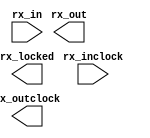
// megafunction wizard: %ALTLVDS_RX%VBB%
// GENERATION: STANDARD
// VERSION: WM1.0
// MODULE: ALTLVDS_RX 

// ============================================================
// Megafunction Name(s):
// 			ALTLVDS_RX
//
// Simulation Library Files(s):
// 			altera_mf
// ============================================================
// ************************************************************
// THIS IS A WIZARD-GENERATED FILE. DO NOT EDIT THIS FILE!
//
// 14.0.0 Build 200 06/17/2014 SJ Web Edition
// ************************************************************

//Copyright (C) 1991-2014 Altera Corporation. All rights reserved.
//Your use of Altera Corporation's design tools, logic functions 
//and other software and tools, and its AMPP partner logic 
//functions, and any output files from any of the foregoing 
//(including device programming or simulation files), and any 
//associated documentation or information are expressly subject 
//to the terms and conditions of the Altera Program License 
//Subscription Agreement, the Altera Quartus II License Agreement,
//the Altera MegaCore Function License Agreement, or other 
//applicable license agreement, including, without limitation, 
//that your use is for the sole purpose of programming logic 
//devices manufactured by Altera and sold by Altera or its 
//authorized distributors.  Please refer to the applicable 
//agreement for further details.

module elink_lvds (
	rx_in,
	rx_inclock,
	rx_locked,
	rx_out,
	rx_outclock);

	input	[8:0]  rx_in;
	input	  rx_inclock;
	output	  rx_locked;
	output	[71:0]  rx_out;
	output	  rx_outclock;

endmodule

// ============================================================
// CNX file retrieval info
// ============================================================
// Retrieval info: LIBRARY: altera_mf altera_mf.altera_mf_components.all
// Retrieval info: PRIVATE: Bitslip NUMERIC "8"
// Retrieval info: PRIVATE: Clock_Choices STRING "tx_coreclock"
// Retrieval info: PRIVATE: Clock_Mode NUMERIC "0"
// Retrieval info: PRIVATE: Data_rate STRING "600.0"
// Retrieval info: PRIVATE: Deser_Factor NUMERIC "8"
// Retrieval info: PRIVATE: Dpll_Lock_Count NUMERIC "0"
// Retrieval info: PRIVATE: Dpll_Lock_Window NUMERIC "0"
// Retrieval info: PRIVATE: Enable_DPA_Mode STRING "OFF"
// Retrieval info: PRIVATE: Enable_FIFO_DPA_Channels NUMERIC "0"
// Retrieval info: PRIVATE: Ext_PLL STRING "OFF"
// Retrieval info: PRIVATE: INTENDED_DEVICE_FAMILY STRING "Cyclone V"
// Retrieval info: PRIVATE: Le_Serdes STRING "OFF"
// Retrieval info: PRIVATE: Num_Channel NUMERIC "9"
// Retrieval info: PRIVATE: Outclock_Divide_By NUMERIC "0"
// Retrieval info: PRIVATE: pCNX_OUTCLK_ALIGN NUMERIC "0"
// Retrieval info: PRIVATE: pINCLOCK_PHASE_SHIFT STRING "0.00"
// Retrieval info: PRIVATE: PLL_Enable NUMERIC "0"
// Retrieval info: PRIVATE: PLL_Freq STRING "300.000000"
// Retrieval info: PRIVATE: PLL_Period STRING "3.333"
// Retrieval info: PRIVATE: pOUTCLOCK_PHASE_SHIFT NUMERIC "0"
// Retrieval info: PRIVATE: Reg_InOut NUMERIC "1"
// Retrieval info: PRIVATE: Use_Cda_Reset NUMERIC "0"
// Retrieval info: PRIVATE: Use_Clock_Resc STRING "Dual-Regional clock"
// Retrieval info: PRIVATE: Use_Common_Rx_Tx_Plls NUMERIC "0"
// Retrieval info: PRIVATE: Use_Data_Align NUMERIC "0"
// Retrieval info: PRIVATE: Use_Lock NUMERIC "1"
// Retrieval info: PRIVATE: Use_Pll_Areset NUMERIC "0"
// Retrieval info: PRIVATE: Use_Rawperror NUMERIC "0"
// Retrieval info: PRIVATE: Use_Tx_Out_Phase NUMERIC "0"
// Retrieval info: CONSTANT: BUFFER_IMPLEMENTATION STRING "RAM"
// Retrieval info: CONSTANT: CDS_MODE STRING "UNUSED"
// Retrieval info: CONSTANT: COMMON_RX_TX_PLL STRING "OFF"
// Retrieval info: CONSTANT: clk_src_is_pll STRING "off"
// Retrieval info: CONSTANT: DATA_ALIGN_ROLLOVER NUMERIC "4"
// Retrieval info: CONSTANT: DATA_RATE STRING "600.0 Mbps"
// Retrieval info: CONSTANT: DESERIALIZATION_FACTOR NUMERIC "8"
// Retrieval info: CONSTANT: DPA_INITIAL_PHASE_VALUE NUMERIC "0"
// Retrieval info: CONSTANT: DPLL_LOCK_COUNT NUMERIC "0"
// Retrieval info: CONSTANT: DPLL_LOCK_WINDOW NUMERIC "0"
// Retrieval info: CONSTANT: ENABLE_CLOCK_PIN_MODE STRING "UNUSED"
// Retrieval info: CONSTANT: ENABLE_DPA_ALIGN_TO_RISING_EDGE_ONLY STRING "OFF"
// Retrieval info: CONSTANT: ENABLE_DPA_CALIBRATION STRING "ON"
// Retrieval info: CONSTANT: ENABLE_DPA_FIFO STRING "UNUSED"
// Retrieval info: CONSTANT: ENABLE_DPA_INITIAL_PHASE_SELECTION STRING "OFF"
// Retrieval info: CONSTANT: ENABLE_DPA_MODE STRING "OFF"
// Retrieval info: CONSTANT: ENABLE_DPA_PLL_CALIBRATION STRING "OFF"
// Retrieval info: CONSTANT: ENABLE_SOFT_CDR_MODE STRING "OFF"
// Retrieval info: CONSTANT: IMPLEMENT_IN_LES STRING "OFF"
// Retrieval info: CONSTANT: INCLOCK_BOOST NUMERIC "0"
// Retrieval info: CONSTANT: INCLOCK_DATA_ALIGNMENT STRING "EDGE_ALIGNED"
// Retrieval info: CONSTANT: INCLOCK_PERIOD NUMERIC "3333"
// Retrieval info: CONSTANT: INCLOCK_PHASE_SHIFT NUMERIC "0"
// Retrieval info: CONSTANT: INPUT_DATA_RATE NUMERIC "600"
// Retrieval info: CONSTANT: INTENDED_DEVICE_FAMILY STRING "Cyclone V"
// Retrieval info: CONSTANT: LOSE_LOCK_ON_ONE_CHANGE STRING "UNUSED"
// Retrieval info: CONSTANT: LPM_HINT STRING "UNUSED"
// Retrieval info: CONSTANT: LPM_TYPE STRING "altlvds_rx"
// Retrieval info: CONSTANT: NUMBER_OF_CHANNELS NUMERIC "9"
// Retrieval info: CONSTANT: OUTCLOCK_RESOURCE STRING "Dual-Regional clock"
// Retrieval info: CONSTANT: PLL_OPERATION_MODE STRING "NORMAL"
// Retrieval info: CONSTANT: PLL_SELF_RESET_ON_LOSS_LOCK STRING "UNUSED"
// Retrieval info: CONSTANT: PORT_RX_CHANNEL_DATA_ALIGN STRING "PORT_UNUSED"
// Retrieval info: CONSTANT: PORT_RX_DATA_ALIGN STRING "PORT_UNUSED"
// Retrieval info: CONSTANT: REFCLK_FREQUENCY STRING "300.000000 MHz"
// Retrieval info: CONSTANT: REGISTERED_DATA_ALIGN_INPUT STRING "UNUSED"
// Retrieval info: CONSTANT: REGISTERED_OUTPUT STRING "ON"
// Retrieval info: CONSTANT: RESET_FIFO_AT_FIRST_LOCK STRING "UNUSED"
// Retrieval info: CONSTANT: RX_ALIGN_DATA_REG STRING "RISING_EDGE"
// Retrieval info: CONSTANT: SIM_DPA_IS_NEGATIVE_PPM_DRIFT STRING "OFF"
// Retrieval info: CONSTANT: SIM_DPA_NET_PPM_VARIATION NUMERIC "0"
// Retrieval info: CONSTANT: SIM_DPA_OUTPUT_CLOCK_PHASE_SHIFT NUMERIC "0"
// Retrieval info: CONSTANT: USE_CORECLOCK_INPUT STRING "OFF"
// Retrieval info: CONSTANT: USE_DPLL_RAWPERROR STRING "OFF"
// Retrieval info: CONSTANT: USE_EXTERNAL_PLL STRING "OFF"
// Retrieval info: CONSTANT: USE_NO_PHASE_SHIFT STRING "ON"
// Retrieval info: CONSTANT: X_ON_BITSLIP STRING "ON"
// Retrieval info: USED_PORT: rx_in 0 0 9 0 INPUT NODEFVAL "rx_in[8..0]"
// Retrieval info: CONNECT: @rx_in 0 0 9 0 rx_in 0 0 9 0
// Retrieval info: USED_PORT: rx_inclock 0 0 0 0 INPUT NODEFVAL "rx_inclock"
// Retrieval info: CONNECT: @rx_inclock 0 0 0 0 rx_inclock 0 0 0 0
// Retrieval info: USED_PORT: rx_locked 0 0 0 0 OUTPUT NODEFVAL "rx_locked"
// Retrieval info: CONNECT: rx_locked 0 0 0 0 @rx_locked 0 0 0 0
// Retrieval info: USED_PORT: rx_out 0 0 72 0 OUTPUT NODEFVAL "rx_out[71..0]"
// Retrieval info: CONNECT: rx_out 0 0 72 0 @rx_out 0 0 72 0
// Retrieval info: USED_PORT: rx_outclock 0 0 0 0 OUTPUT NODEFVAL "rx_outclock"
// Retrieval info: CONNECT: rx_outclock 0 0 0 0 @rx_outclock 0 0 0 0
// Retrieval info: GEN_FILE: TYPE_NORMAL elink_lvds.v TRUE FALSE
// Retrieval info: GEN_FILE: TYPE_NORMAL elink_lvds.qip TRUE FALSE
// Retrieval info: GEN_FILE: TYPE_NORMAL elink_lvds.bsf TRUE TRUE
// Retrieval info: GEN_FILE: TYPE_NORMAL elink_lvds_inst.v TRUE TRUE
// Retrieval info: GEN_FILE: TYPE_NORMAL elink_lvds_bb.v TRUE TRUE
// Retrieval info: GEN_FILE: TYPE_NORMAL elink_lvds.inc TRUE TRUE
// Retrieval info: GEN_FILE: TYPE_NORMAL elink_lvds.cmp TRUE TRUE
// Retrieval info: GEN_FILE: TYPE_NORMAL elink_lvds.ppf TRUE FALSE
// Retrieval info: LIB_FILE: altera_mf
// Retrieval info: CBX_MODULE_PREFIX: ON